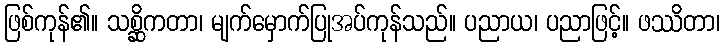
ဖြစ်ကုန်၏။ သစ္ဆိကတာ၊ မျက်မှောက်ပြုအပ်ကုန်သည်။ ပညာယ၊ ပညာဖြင့်။ ဖဿိတာ၊